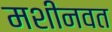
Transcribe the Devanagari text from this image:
मशीनवत